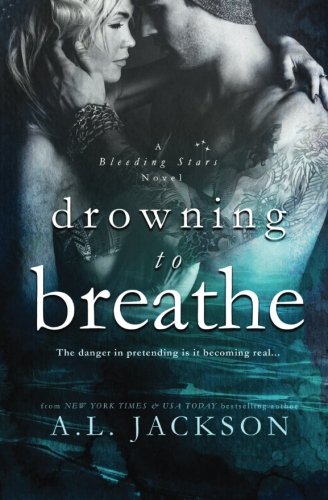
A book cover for Drowning to Breathe (Bleeding Stars) (Volume 2); A.L. Jackson; Romance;